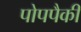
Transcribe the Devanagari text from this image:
पोपपैकी